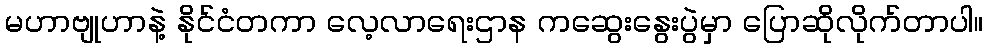
မဟာဗျုဟာနဲ့ နိုင်ငံတကာ လေ့လာရေးဌာန ကဆွေးနွေးပွဲမှာ ပြောဆိုလိုက်တာပါ။